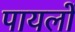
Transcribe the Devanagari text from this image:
पायलों